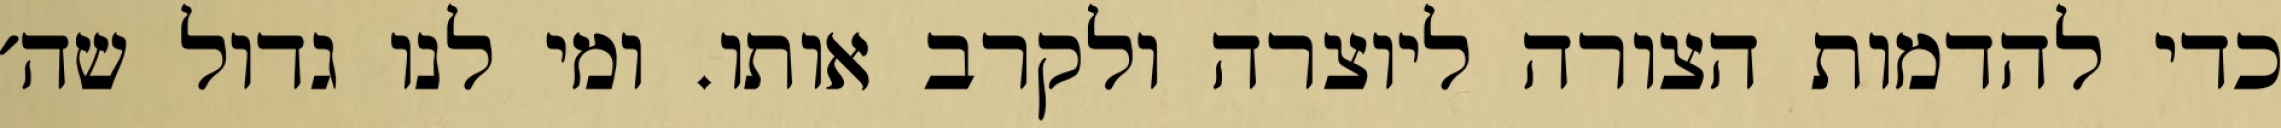
כדי להדמות הצורה ליוצרה ולקרב אותו. ומי לנו גדול שה׳